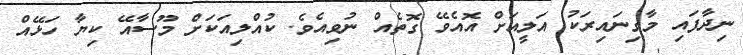
ނިދާފައި މާގިނައިރަކު އަލީއަށް އޮއެވޭ ގޮތެއް ނުވިއެވެ. ކުއްލިއަކަށް މޫސާއޭ ކިޔާ ހަޅޭއް